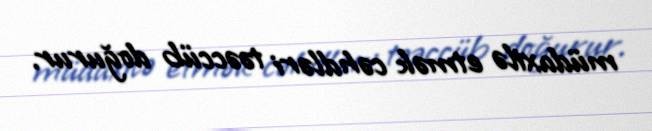
müdaxilə etmək cəhdləri təəccüb doğurur.